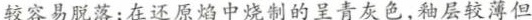
较容易脱落；在还原焰中烧制的呈青灰色，釉层较薄但